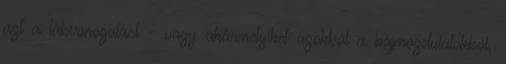
azt a lábvonogatást - vagy akármelyiket azokból a bájmozdulatokból,